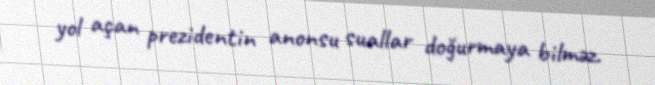
yol açan prezidentin anonsu suallar doğurmaya bilməz.